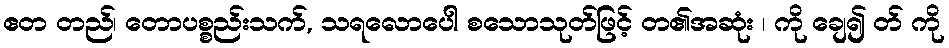
ဧတ တည်၊ တောပစ္စည်းသက်, သရလောပေါ စသောသုတ်ဖြင့် တ၏အဆုံး ၊ ကို ချေ၍ တ် ကို